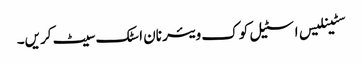
سٹینلیس اسٹیل کوک ویئر نان اسٹک سیٹ کریں۔